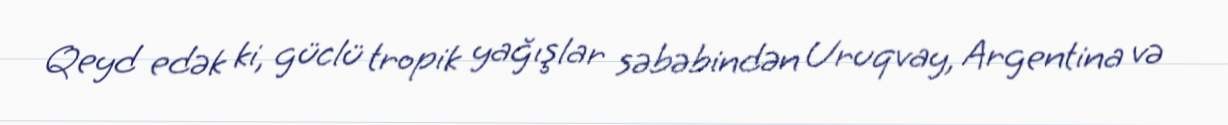
Qeyd edək ki, güclü tropik yağışlar səbəbindən Uruqvay, Argentina və